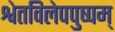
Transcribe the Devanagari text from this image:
श्वेतविलेपपुष्पम्